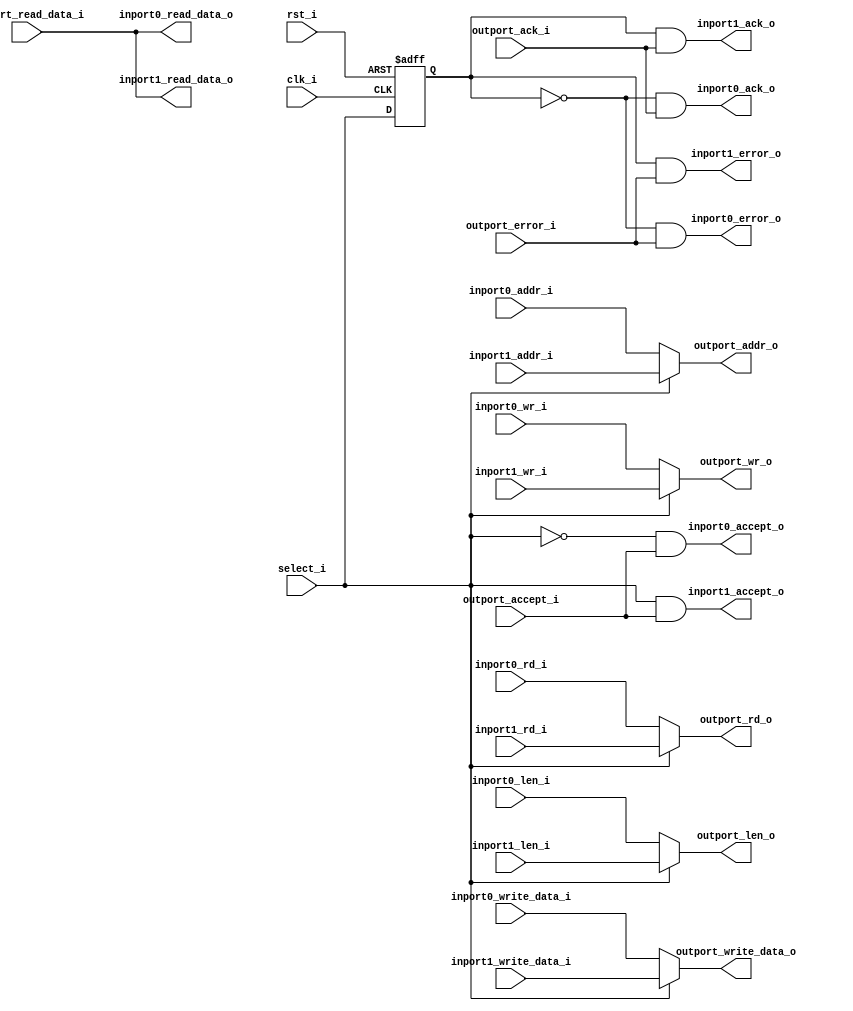
module dcache_pmem_mux
(
    // Inputs
     input           clk_i
    ,input           rst_i
    ,input           outport_accept_i
    ,input           outport_ack_i
    ,input           outport_error_i
    ,input  [ 31:0]  outport_read_data_i
    ,input           select_i
    ,input  [  3:0]  inport0_wr_i
    ,input           inport0_rd_i
    ,input  [  7:0]  inport0_len_i
    ,input  [ 31:0]  inport0_addr_i
    ,input  [ 31:0]  inport0_write_data_i
    ,input  [  3:0]  inport1_wr_i
    ,input           inport1_rd_i
    ,input  [  7:0]  inport1_len_i
    ,input  [ 31:0]  inport1_addr_i
    ,input  [ 31:0]  inport1_write_data_i

    // Outputs
    ,output [  3:0]  outport_wr_o
    ,output          outport_rd_o
    ,output [  7:0]  outport_len_o
    ,output [ 31:0]  outport_addr_o
    ,output [ 31:0]  outport_write_data_o
    ,output          inport0_accept_o
    ,output          inport0_ack_o
    ,output          inport0_error_o
    ,output [ 31:0]  inport0_read_data_o
    ,output          inport1_accept_o
    ,output          inport1_ack_o
    ,output          inport1_error_o
    ,output [ 31:0]  inport1_read_data_o
);




//-----------------------------------------------------------------
// Output Mux
//-----------------------------------------------------------------
reg [  3:0]  outport_wr_r;
reg          outport_rd_r;
reg [  7:0]  outport_len_r;
reg [ 31:0]  outport_addr_r;
reg [ 31:0]  outport_write_data_r;
reg          select_q;

always @ *
begin
    case (select_i)
    1'd1:
    begin
        outport_wr_r          = inport1_wr_i;
        outport_rd_r          = inport1_rd_i;
        outport_len_r         = inport1_len_i;
        outport_addr_r        = inport1_addr_i;
        outport_write_data_r  = inport1_write_data_i;
    end
    default:
    begin
        outport_wr_r          = inport0_wr_i;
        outport_rd_r          = inport0_rd_i;
        outport_len_r         = inport0_len_i;
        outport_addr_r        = inport0_addr_i;
        outport_write_data_r  = inport0_write_data_i;
    end
    endcase
end

assign outport_wr_o         = outport_wr_r;
assign outport_rd_o         = outport_rd_r;
assign outport_len_o        = outport_len_r;
assign outport_addr_o       = outport_addr_r;
assign outport_write_data_o = outport_write_data_r;

// Delayed version of selector to match phase of response signals
always @ (posedge clk_i or posedge rst_i)
if (rst_i)
    select_q <= 1'b0;
else
    select_q <= select_i;

assign inport0_ack_o       = (select_q == 1'd0) && outport_ack_i;
assign inport0_error_o     = (select_q == 1'd0) && outport_error_i;
assign inport0_read_data_o = outport_read_data_i;
assign inport0_accept_o    = (select_i == 1'd0) && outport_accept_i;
assign inport1_ack_o       = (select_q == 1'd1) && outport_ack_i;
assign inport1_error_o     = (select_q == 1'd1) && outport_error_i;
assign inport1_read_data_o = outport_read_data_i;
assign inport1_accept_o    = (select_i == 1'd1) && outport_accept_i;


endmodule